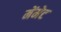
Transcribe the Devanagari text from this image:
मेंमेट